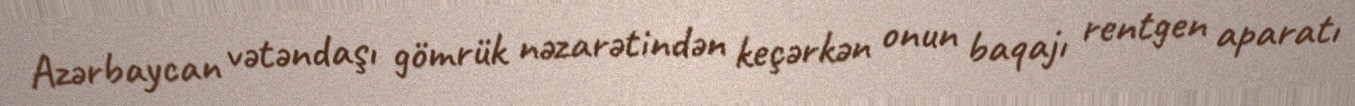
Azərbaycan vətəndaşı gömrük nəzarətindən keçərkən onun baqajı rentgen aparatı